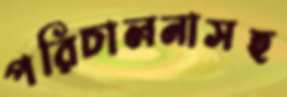
পরিচালনাসহ